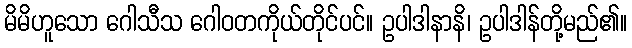
မိမိဟူသော ဂေါသီသ ဂေါဝတကိုယ်တိုင်ပင်။ ဥပါဒါနာနိ၊ ဥပါဒါန်တို့မည်၏။